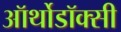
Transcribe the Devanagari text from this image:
ऑर्थोडॉक्सी